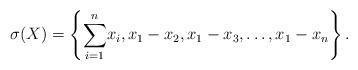
LaTeX: \begin{align*}\sigma(X)=\left\{{\displaystyle\sum\limits_{i=1}^{n}}x_{i},x_{1}-x_{2},x_{1}-x_{3},\ldots,x_{1}-x_{n}\right\}.\end{align*}